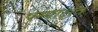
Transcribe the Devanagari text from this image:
पम्पाक्षेत्र